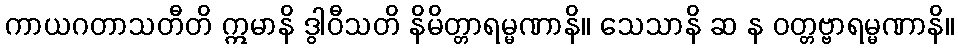
ကာယဂတာသတီတိ ဣမာနိ ဒွါဝီသတိ နိမိတ္တာရမ္မဏာနိ။ သေသာနိ ဆ န ဝတ္တဗ္ဗာရမ္မဏာနိ။